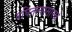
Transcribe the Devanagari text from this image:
बघितल्यासारखे